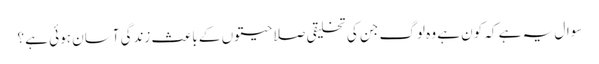
سوال یہ ہے کہ کون ہے وہ لوگ جن کی تخلیقی صلاحیتوں کے باعث زندگی آسان ہوئی ہے ؟